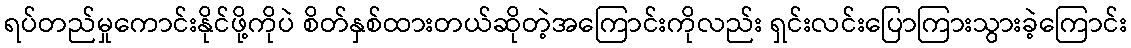
ရပ်တည်မှုကောင်းနိုင်ဖို့ကိုပဲ စိတ်နှစ်ထားတယ်ဆိုတဲ့အကြောင်းကိုလည်း ရှင်းလင်းပြောကြားသွားခဲ့ကြောင်း